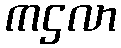
ကဌလာ